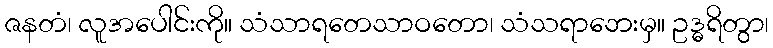
ဇနတံ၊ လူအပေါင်းကို။ သံသာရတေသာဝတော၊ သံသရာဘေးမှ။ ဥဒ္ဓရိတွာ၊